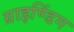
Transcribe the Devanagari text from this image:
ग्राइण्डिंग